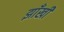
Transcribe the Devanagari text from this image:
झाँखी